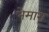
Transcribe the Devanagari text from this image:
नेमारा